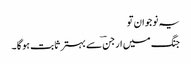
یہ نوجوان تو
جنگ میں ارجنؔ سے بہتر ثابت ہو گا ۔